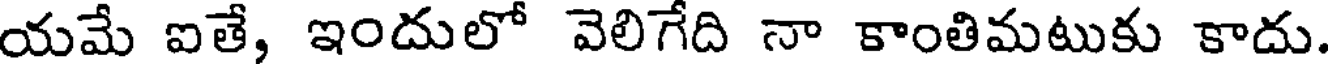
యమే ఐతే, ఇందులో వెలిగేది నా కాంతిమటుకు కాదు.